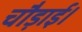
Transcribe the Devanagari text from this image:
चौड़ाई।